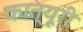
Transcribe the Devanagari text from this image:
कात्यूरी